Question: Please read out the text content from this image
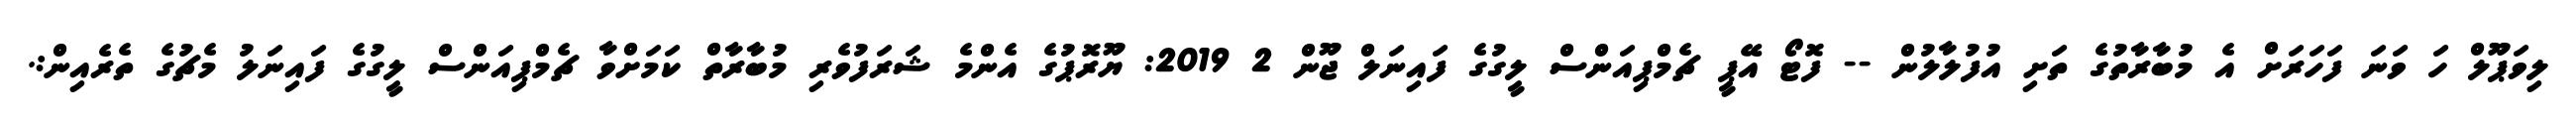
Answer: ލިވަޕޫލް ހަ ވަނަ ފަހަރަށް އެ މުބާރާތުގެ ތަށި އުފުލާލުން -- ފޮޓޯ އޭޕީ ޗެމްޕިއަންސް ލީގުގެ ފައިނަލް ޖޫން 2 2019: ޔޫރޮޕުގެ އެންމެ ޝަރަފުވެރި މުބާރާތް ކަމަށްވާ ޗެމްޕިއަންސް ލީގުގެ ފައިނަލު މެޗުގެ ތެރެއިން:.